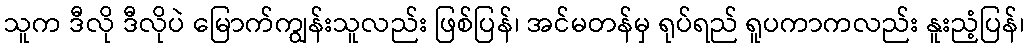
သူက ဒီလို ဒီလိုပဲ မြောက်ကျွန်းသူလည်း ဖြစ်ပြန်၊ အင်မတန်မှ ရုပ်ရည် ရူပကာကလည်း နူးညံ့ပြန်၊